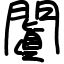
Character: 闐